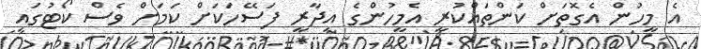
އެ މީހުން އެގޮތަށް ކަންތައްކުރީ އެމީހުންގެ އިދާރީ ފަސޭހަކަށް ކަމަށް ވެސް ކޯޓުގައި